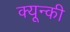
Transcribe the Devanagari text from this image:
क्यून्की